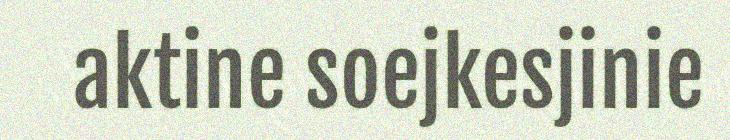
aktine soejkesjinie